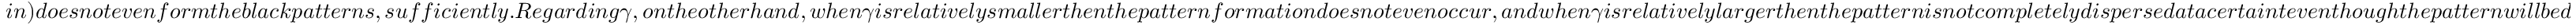
i n ) d o e s n o t e v e n f o r m t h e b l a c k p a t t e r n s , s u f f i c i e n t l y . R e g a r d i n g \gamma , o n t h e o t h e r h a n d , w h e n \gamma i s r e l a t i v e l y s m a l l e r t h e n t h e p a t t e r n f o r m a t i o n d o e s n o t e v e n o c c u r , a n d w h e n \gamma i s r e l a t i v e l y l a r g e r t h e n t h e p a t t e r n i s n o t c o m p l e t e l y d i s p e r s e d a t a c e r t a i n t e v e n t h o u g h t h e p a t t e r n w i l l b e d i s p e r s e d a t a s u f f i c i e n t l y l a r g e t ( f o r i n s t a n c e , i n F i g .